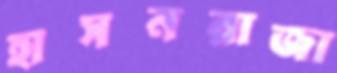
হাসনরাজা